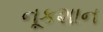
નૂકશાન